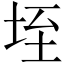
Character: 垤